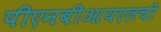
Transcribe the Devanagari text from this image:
पीएनबीआयएलची